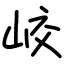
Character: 峧